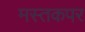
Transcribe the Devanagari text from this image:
मस्तकपर